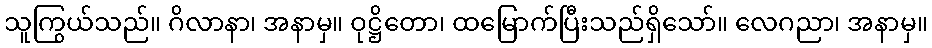
သူကြွယ်သည်။ ဂိလာနာ၊ အနာမှ။ ဝုဋ္ဌိတော၊ ထမြောက်ပြီးသည်ရှိသော်။ လေဂညာ၊ အနာမှ။